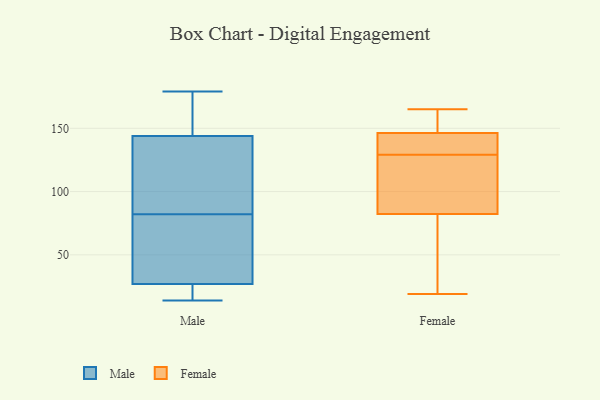
{"axis": {"x": "Shipments", "y": "Value"}, "legend": ["Female", "Male"], "data": [{"x": "", "y": 136, "type": "Male"}, {"x": "", "y": 70, "type": "Male"}, {"x": "", "y": 155, "type": "Male"}, {"x": "", "y": 22, "type": "Male"}, {"x": "", "y": 17, "type": "Male"}, {"x": "", "y": 144, "type": "Male"}, {"x": "", "y": 84, "type": "Male"}, {"x": "", "y": 80, "type": "Male"}, {"x": "", "y": 179, "type": "Male"}, {"x": "", "y": 14, "type": "Male"}, {"x": "", "y": 152, "type": "Male"}, {"x": "", "y": 27, "type": "Male"}, {"x": "", "y": 78, "type": "Male"}, {"x": "", "y": 139, "type": "Male"}, {"x": "", "y": 136, "type": "Female"}, {"x": "", "y": 106, "type": "Female"}, {"x": "", "y": 147, "type": "Female"}, {"x": "", "y": 144, "type": "Female"}, {"x": "", "y": 129, "type": "Female"}, {"x": "", "y": 19, "type": "Female"}, {"x": "", "y": 81, "type": "Female"}, {"x": "", "y": 156, "type": "Female"}, {"x": "", "y": 165, "type": "Female"}, {"x": "", "y": 32, "type": "Female"}, {"x": "", "y": 86, "type": "Female"}]}